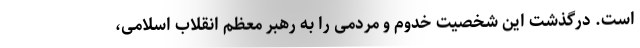
است. درگذشت این شخصیّت خدوم و مردمی را به رهبر معظم انقلاب اسلامی،